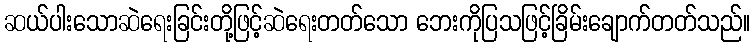
ဆယ်ပါးသောဆဲရေးခြင်းတို့ဖြင့်ဆဲရေးတတ်သော ဘေးကိုပြသဖြင့်ခြိမ်းချောက်တတ်သည်။